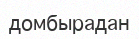
домбырадан